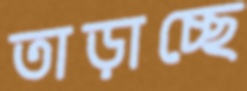
তাড়াচ্ছে